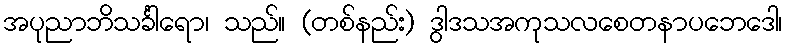
အပုညာဘိသင်္ခါရော၊ သည်။ (တစ်နည်း) ဒွါဒသအကုသလစေတနာပဘေဒေါ၊